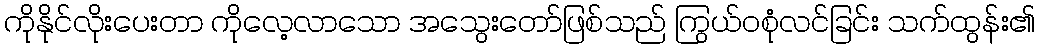
ကိုနိုင်လိုးပေးတာ ကိုလေ့လာသော အသွေးတော်ဖြစ်သည် ကြွယ်ဝစုံလင်ခြင်း သက်ထွန်း၏